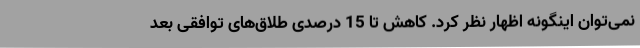
نمی‌توان اینگونه اظهار نظر کرد. کاهش تا 15 درصدی طلاق‌های توافقی بعد